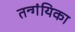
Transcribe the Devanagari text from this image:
तन्गंयिका